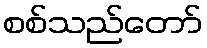
စစ်သည်တော်